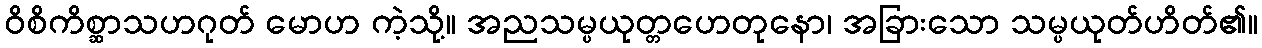
ဝိစိကိစ္ဆာသဟဂုတ် မောဟ ကဲ့သို့။ အညသမ္ပယုတ္တဟေတုနော၊ အခြားသော သမ္ပယုတ်ဟိတ်၏။